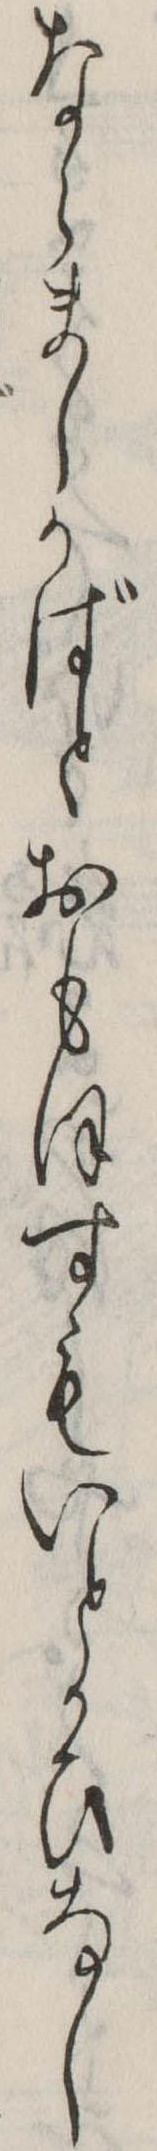
ならましかばとおもほすもいとかひなし